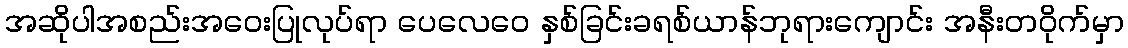
အဆိုပါအစည်းအဝေးပြုလုပ်ရာ ပေလေဝေ နှစ်ခြင်းခရစ်ယာန်ဘုရားကျောင်း အနီးတဝိုက်မှာ